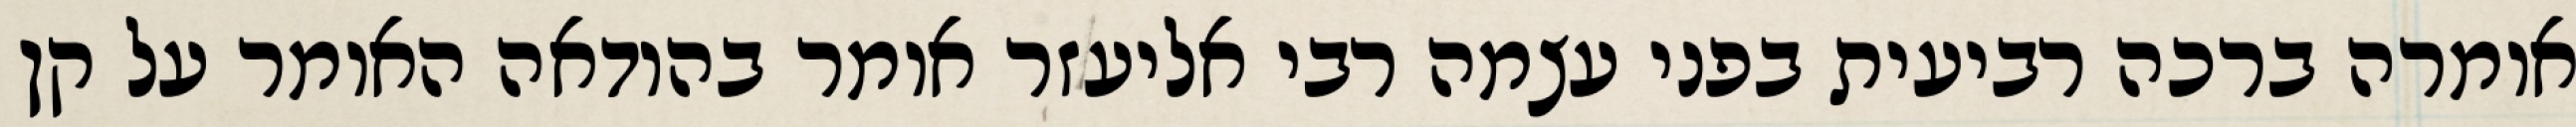
אומרה ברכה רביעית בפני עצמה רבי אליעזר אומר בהודאה האומר על קן